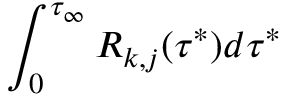
\int _ { 0 } ^ { \tau _ { \infty } } R _ { k , j } ( \tau ^ { * } ) d \tau ^ { * }